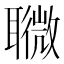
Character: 𦗸